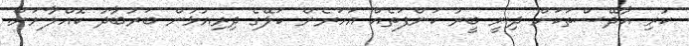
ކުރި އާދޭސްތަކަށް ދިނީ ބީރު ކަންފަތެއް އަހަރެން ކަލޭގެ ދިރިއުޅުން ބަރުބާދު ކޮއްލާނަން.